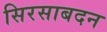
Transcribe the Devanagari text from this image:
सिरसाबदन